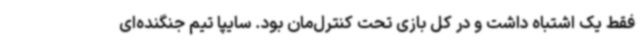
فقط یک اشتباه داشت و در کل بازی تحت کنترل‌مان بود. سایپا تیم جنگنده‌ای